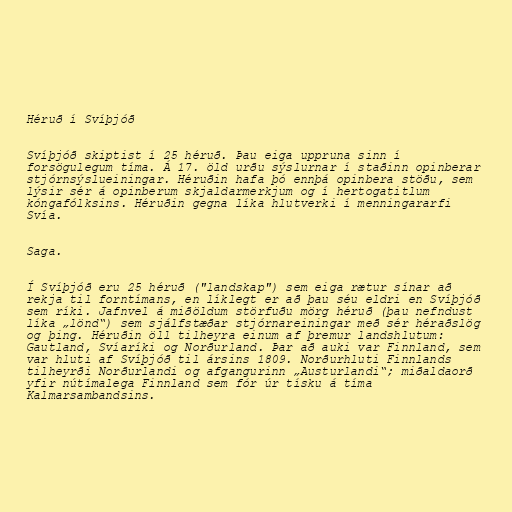
Héruð í Svíþjóð

Svíþjóð skiptist í 25 héruð. Þau eiga uppruna sinn í
forsögulegum tíma. Á 17. öld urðu sýslurnar í staðinn opinberar
stjórnsýslueiningar. Héruðin hafa þó ennþá opinbera stöðu, sem
lýsir sér á opinberum skjaldarmerkjum og í hertogatitlum
kóngafólksins. Héruðin gegna líka hlutverki í menningararfi
Svía.

Saga.

Í Svíþjóð eru 25 héruð ("landskap") sem eiga rætur sínar að
rekja til forntímans, en líklegt er að þau séu eldri en Svíþjóð
sem ríki. Jafnvel á miðöldum störfuðu mörg héruð (þau nefndust
líka „lönd“) sem sjálfstæðar stjórnareiningar með sér héraðslög
og þing. Héruðin öll tilheyra einum af þremur landshlutum:
Gautland, Svíaríki og Norðurland. Þar að auki var Finnland, sem
var hluti af Svíþjóð til ársins 1809. Norðurhluti Finnlands
tilheyrði Norðurlandi og afgangurinn „Austurlandi“; miðaldaorð
yfir nútímalega Finnland sem fór úr tísku á tíma
Kalmarsambandsins.